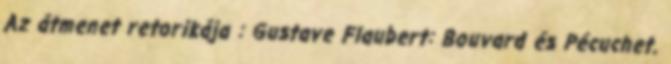
Az átmenet retorikája : Gustave Flaubert: Bouvard és Pécuchet.